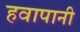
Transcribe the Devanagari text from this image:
हवापानी